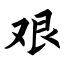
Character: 艰